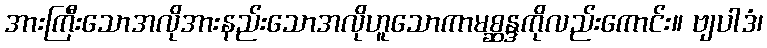
အားကြီးသောအလိုအားနည်းသောအလိုဟူသောကာမစ္ဆန္ဒကိုလည်းကောင်း။ ဗျပါဒံ၊